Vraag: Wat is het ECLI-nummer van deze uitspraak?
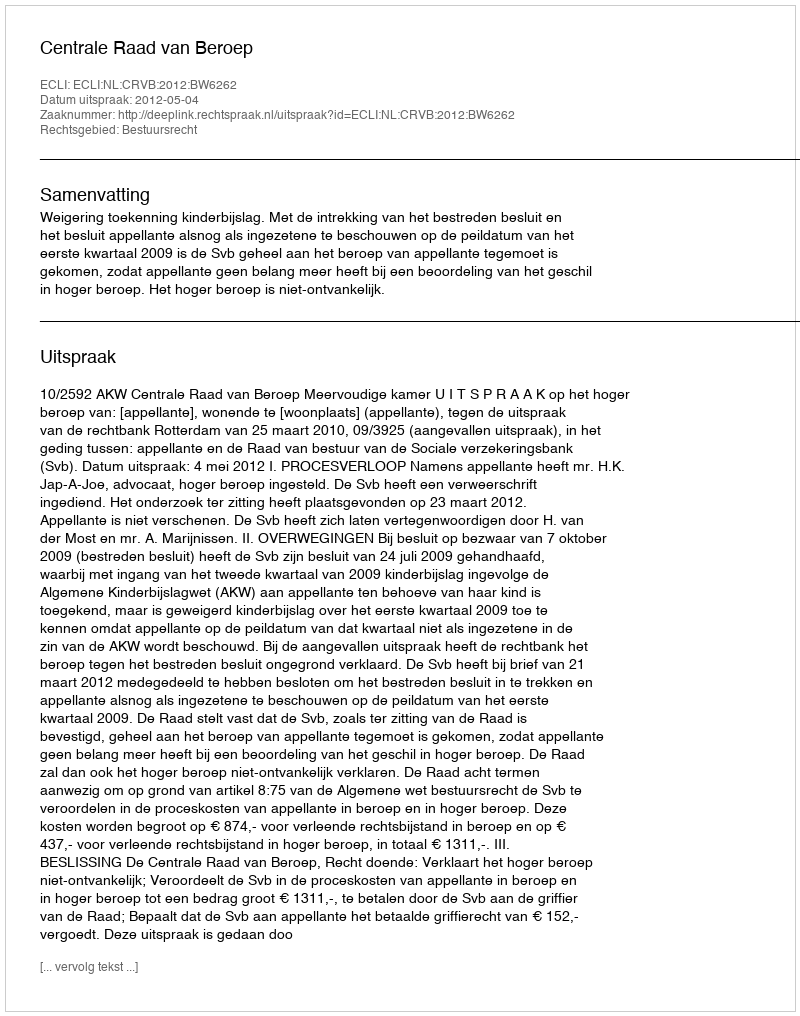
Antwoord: ECLI:NL:CRVB:2012:BW6262